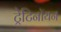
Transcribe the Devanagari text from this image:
ट्रेटिनॉयन